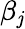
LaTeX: \beta_{\mathit{j}}